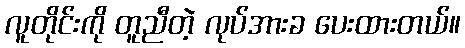
လူတိုင်းကို တူညီတဲ့ လုပ်အားခ ပေးထားတယ်။